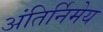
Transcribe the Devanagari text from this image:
अंतिर्निमेय